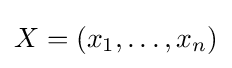
X=(x_{1},\dots ,x_{n})